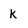
Character: k